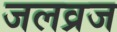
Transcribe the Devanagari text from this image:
जलव्रज